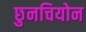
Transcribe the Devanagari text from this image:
छुनचियोन